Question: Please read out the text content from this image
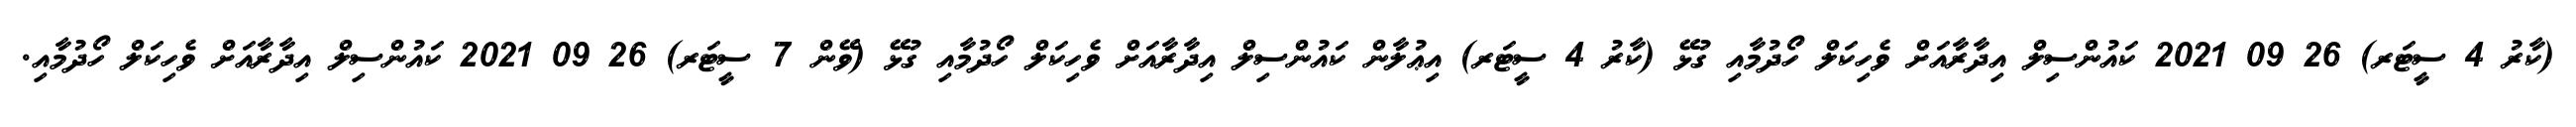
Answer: (ކާރު 4 ސީޓަރ) 26 09 2021 ކައުންސިލް އިދާރާއަށް ވެހިކަލް ހޯދުމާއި ގުޅޭ (ކާރު 4 ސީޓަރ) އިޢުލާން ކައުންސިލް އިދާރާއަށް ވެހިކަލް ހޯދުމާއި ގުޅޭ (ވޭން 7 ސީޓަރ) 26 09 2021 ކައުންސިލް އިދާރާއަށް ވެހިކަލް ހޯދުމާއި.